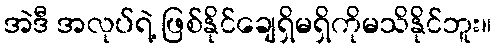
အဲဒီ အလုပ်ရဲ့ ဖြစ်နိုင်ချေရှိမရှိကိုမသိနိုင်ဘူး။